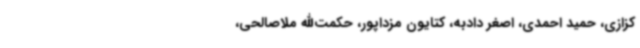
کزازی، حمید احمدی، اصغر دادبه، کتایون مزداپور، حکمت‌الله ملاصالحی،